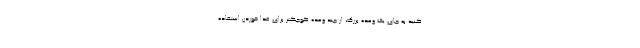
کنید به جای یک وعده بزرگ، از چند وعده کوچکتر برای غذا خوردن استفاده